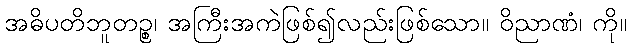
အဓိပတိဘူတဉ္စ၊ အကြီးအကဲဖြစ်၍လည်းဖြစ်သော။ ဝိညာဏံ၊ ကို။